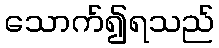
သောက်၍ရသည်